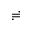
\risingdotseq